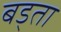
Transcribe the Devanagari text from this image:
बड्ता